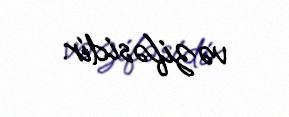
vəzifəsidir.